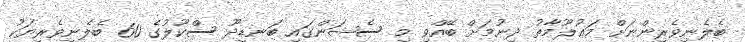
ބެލެނިވެރިންނަށް މަޢުލޫމާތު ދިނުމަށް ބޭއްވި މި ސެޝަންގައި ބަނޑިދޫ ސްކޫލުގެ 60 ބެލެނިވެރިޔަކު